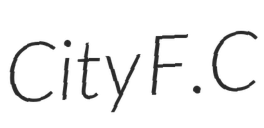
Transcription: City F.C